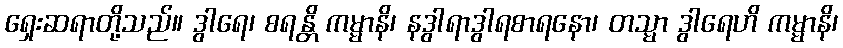
ရှေးဆရာတို့သည်။ ဒွါရေ၊ စရန္တိ ကမ္မာနိ၊ နဒွါရာဒွါရစာရနော၊ တသ္မာ ဒွါရေဟိ ကမ္မာနိ၊